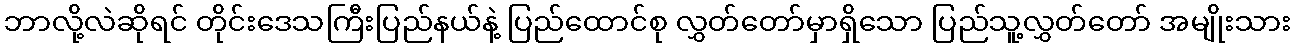
ဘာလို့လဲဆိုရင် တိုင်းဒေသကြီးပြည်နယ်နဲ့ ပြည်ထောင်စု လွှတ်တော်မှာရှိသော ပြည်သူ့လွှတ်တော် အမျိုးသား